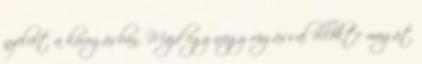
nyelvét a károgásban. Majd egy nagy rúgással ellökte magát